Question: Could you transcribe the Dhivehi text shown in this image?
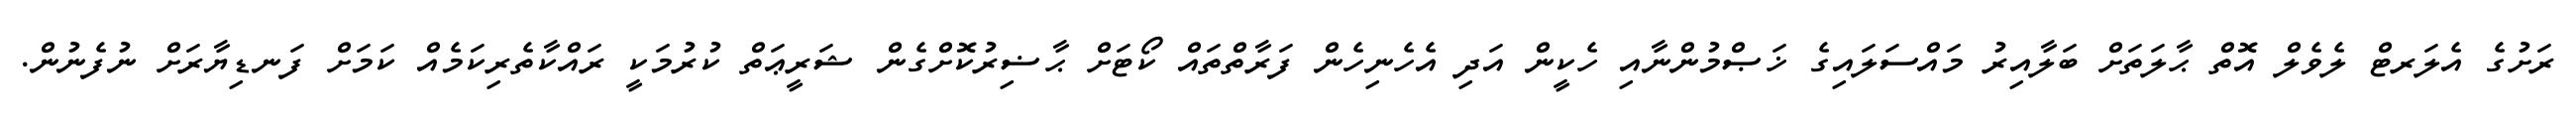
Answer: ރަށުގެ އެލަރޓް ލެވެލް އޮތް ޙާލަތަށް ބަލާއިރު މައްސަލައިގެ ޚަޞްމުންނާއި ހެކީން އަދި އެހެނިހެން ފަރާތްތައް ކޯޓަށް ޙާޟިރުކޮށްގެން ޝަރީޢަތް ކުރުމަކީ ރައްކާތެރިކަމެއް ކަމަށް ފަނޑިޔާރަށް ނުފެނުން.